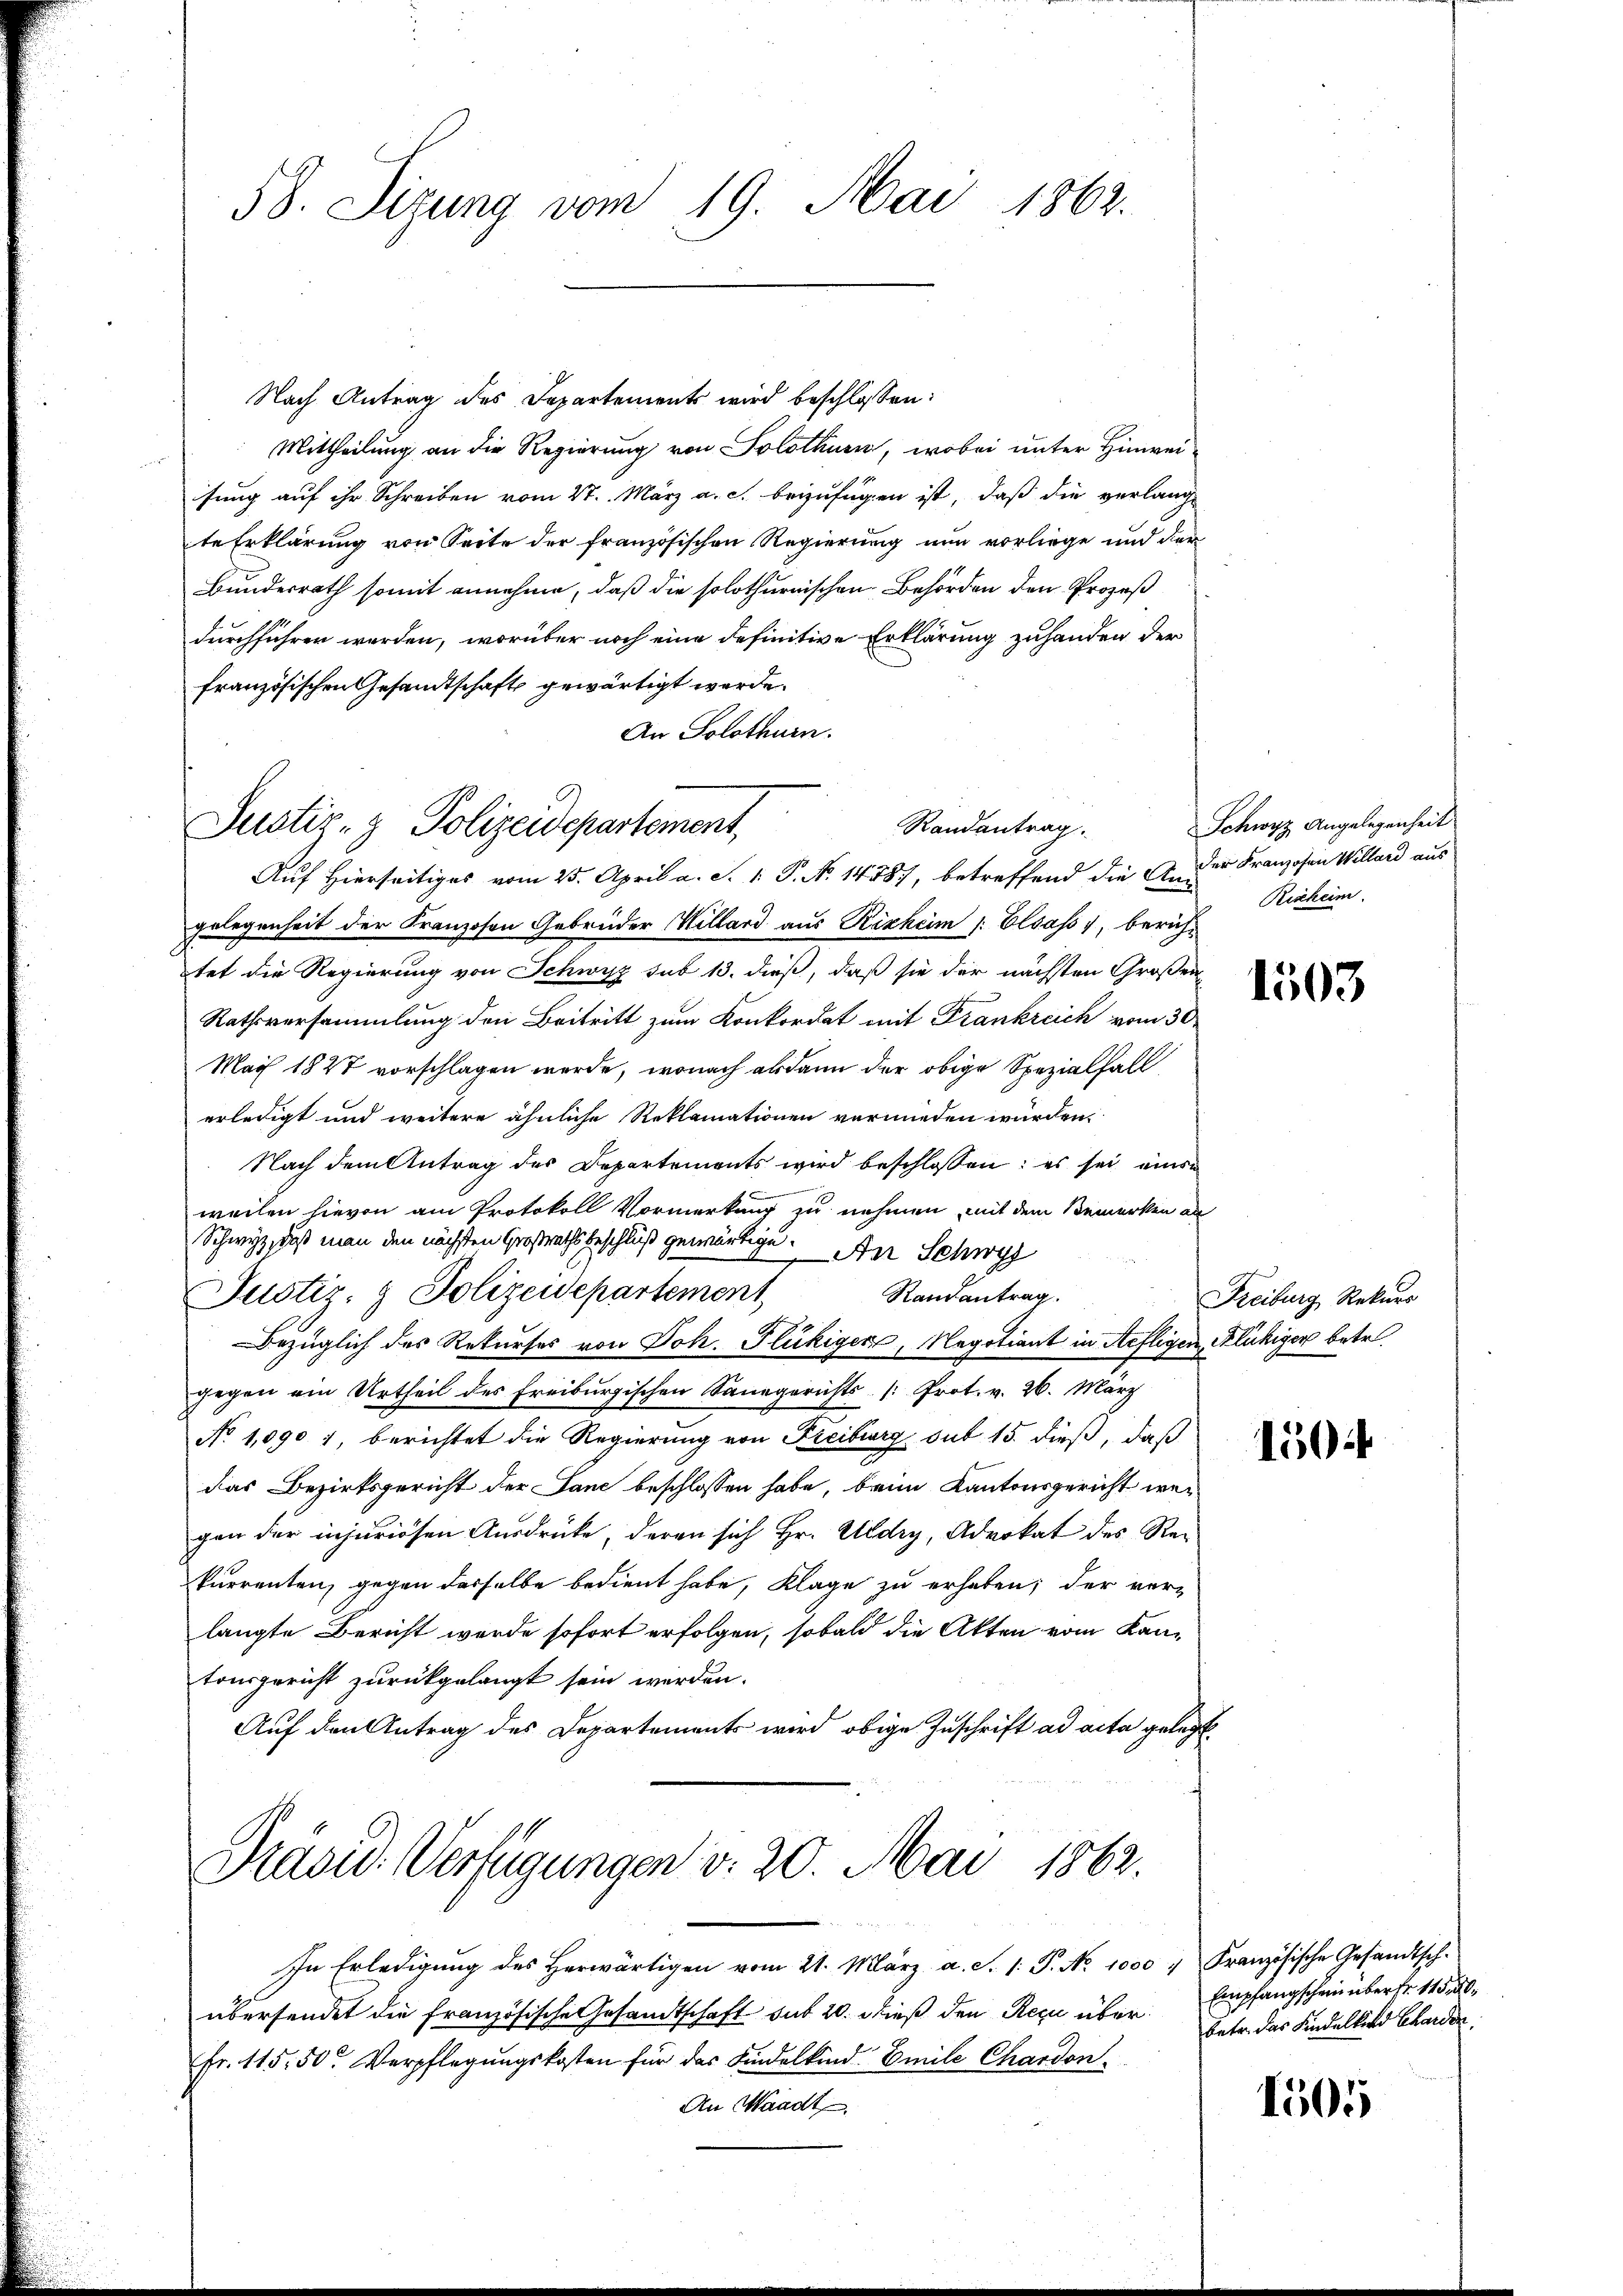
58. Sizung vom 19. Mai 1862.

Nach Antrag des Departements wird beschlossen:
Mittheilung an die Regierung von Solothurn, wobei unter Hinwei¬

sung auf ihr Schreiben vom 27. März a. c. beizufügen ist, daß die verlang
te Erklärung von Seite der französischen Regierung nun vorliege und der
Bundesrath somit annehme, daß die solothurnischen Behörden den Prozeß
durchführen werden, worüber noch eine definitive Erklärung zuhanden der
französischen Gesandtschaft gewärtigt werde.
An Solothurn.

Auf Hierseitiges vom 25. April a. S. 1. P. N. 1448, betreffend die A. und Franzosen Willard aus
gelegenheit der Franzosen Gebrüder Willard aus Rizheim Elsass, berichtet die Regierung von Schwyz sub 13. dieß, daß sie der nächsten Großen¬
Rathsversammlung den Beitritt zum Konkordat mit Frankreich vom 30.
Mai 1848 vorschlagen werde, wonach alsdann der obige Spezialfall
erledigt und weitere ähnliche Reklamationen vermieden würden.
Nach dem Antrag des Departements wird beschlossen: es sei eine
f
weilen hievon am Protokoll Vormerkung zu nehmen, mit dem Bemerken an
Schwyz, daß man den nächsten Großrathsbeschluß gewärtige. Der Schwy
Justiz- & Polizeidepartement
Randantrag.
Bezüglich des Rekurses von Joh. Flückiger, Negotiant in Refligen, Kluhiger betr.
gegen ein Urtheil des Freiburgischen Sanegerichts- /: Prot. v. 26. März
No 1,090 1, berichtet die Regierung von Freiburg sub 15. dieß, daß
das Bezirksgericht der Sane beschlossen habe, beim Kantonsgericht wegen der injuriosen Ausdrücke, deren sich Hr. Aldry, Advokat des Reikurrenten, gegen desselbe bedient habe, Klage zu erhaben; der ver-
langte Bericht werde sofort erfolgen, sobald die Akten vom Kantonsgericht zurückgelangt sein werden.
Auf den Antrag des Departements wird obige Zuschrift ad acta gelegt

Randantrag.
Justiz- & Polizeidepartement,

Prasid. Verfügungen v. 20. Mai 1862.

In Erledigŭng des herwärtigen vom 21. März a. S. 1. P. Nr. 1000 " Französische Gesandtsch-
übersendet die französische Gesandtschaft sub 20. dieß den Rezu über
Fr. 115. 50. Verpflegungskosten für das Kindelkind Emile Chardon
An Waadt

Schwyz Angelegenheit
Rischeim.

1503

ntag man

150

Empfangschein über fr. 115,50
betr. das Kindelkind Charden.

1505